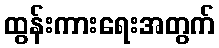
ထွန်းကားရေးအတွက်